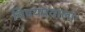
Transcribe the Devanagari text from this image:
विषयप्रवालाः